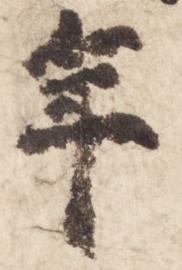
年